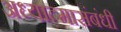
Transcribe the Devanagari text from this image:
अध्यात्मासंबंधी